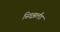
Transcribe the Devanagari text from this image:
स्विझर्लंड